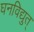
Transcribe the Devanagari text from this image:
घनविद्युत्